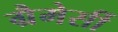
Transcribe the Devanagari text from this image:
ग्रैमेर्सी